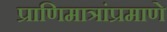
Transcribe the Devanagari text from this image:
प्राणिमात्रांप्रमाणे